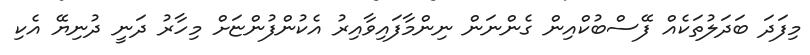
މިފަދަ ބަދަލުތަކެއް ފޭސްބުކްއިން ގެންނަން ނިންމާފައިވާއިރު އެކުންފުންޏަށް މިހާރު ދަނީ ދުނިޔޭ އެކި